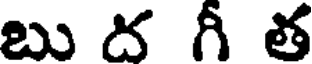
బు ద గీ త